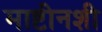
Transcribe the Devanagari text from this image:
माष्टीनशी